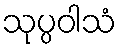
သုပ္ပဝါသံ